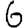
Digit: 6